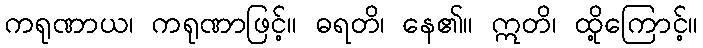
ကရုဏာယ၊ ကရုဏာဖြင့်။ ဓရတိ၊ နေ၏။ ဣတိ၊ ထို့ကြောင့်။